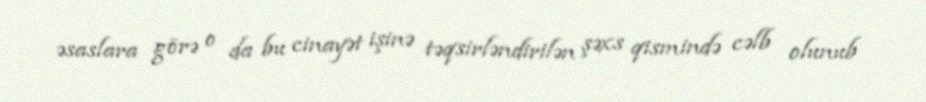
əsaslara görə o da bu cinayət işinə təqsirləndirilən şəxs qismində cəlb olunub